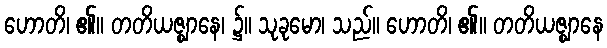
ဟောတိ၊ ၏။ တတိယဇ္ဈာနေ၊ ၌။ သုခုမော၊ သည်။ ဟောတိ၊ ၏။ တတိယဇ္ဈာနေ